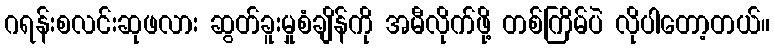
ဂရန်းစလင်းဆုဖလား ဆွတ်ခူးမှုစံချိန်ကို အမီလိုက်ဖို့ တစ်ကြိမ်ပဲ လိုပါတော့တယ်။